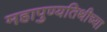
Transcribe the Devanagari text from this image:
महापुण्यतिथीच्या